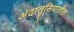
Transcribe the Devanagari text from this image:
अंदालुसियातील